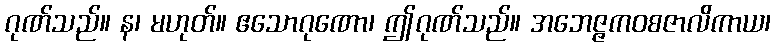
ဂုဏ်သည်။ န၊ မဟုတ်။ ဧသောဂုဏော၊ ဤဂုဏ်သည်။ အဘေဇ္ဇကဝစဇာလိကာယ၊